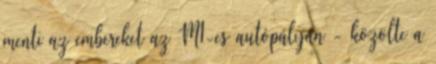
menti az embereket az M1-es autópályán - közölte a